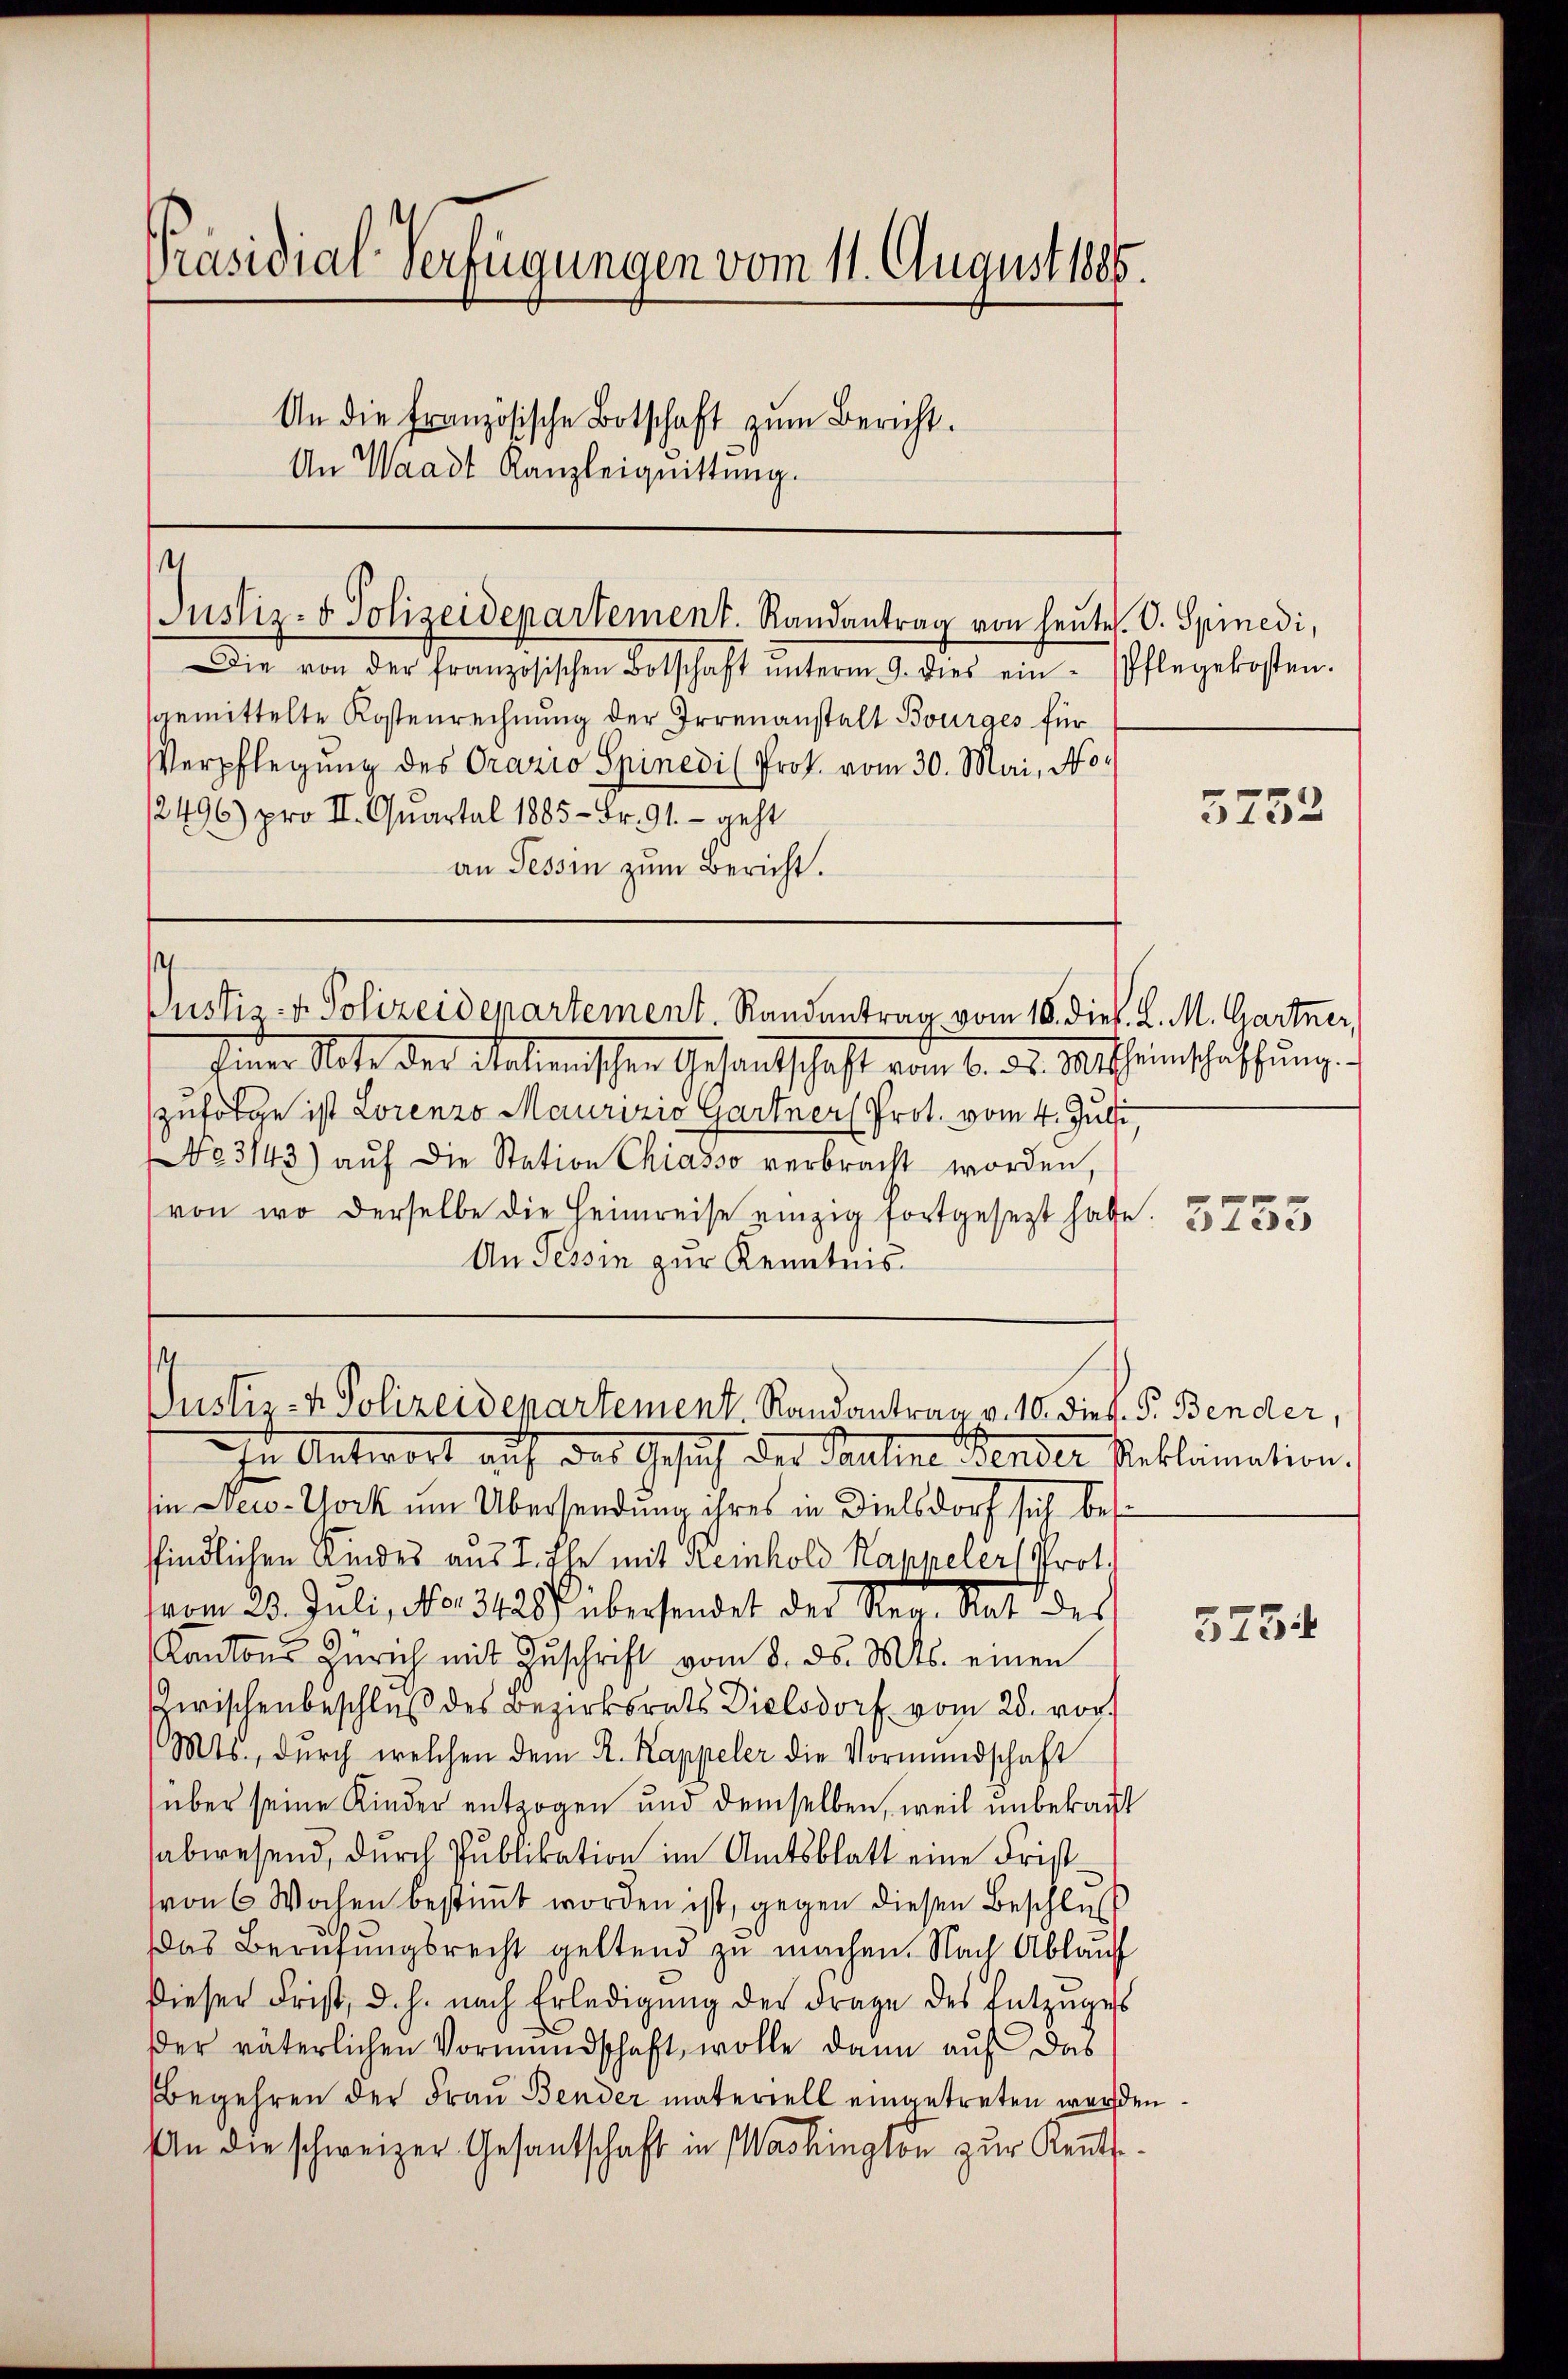
Präsidial-Verfügungen vom 11. August 1885.
An die Französische Botschaft zŭm Bericht.
An Waadt Kanzleiquittung.

4
Justiz- & Polizeidepartement. Randantrag von heŭtes. O. Spinedi,

Die von der französischen Botschaft ŭnterm 9. dies ein Pflegekosten.
gemittelte Kostenrechnung der Irrenanstalt Bourges für
Verpflegung des Orazio Spinedi (Prok. vom 30. Mai, No.
/2496) pro II. Quartal 1885 - Fr. 91. - geht
an Tessin zum Bericht.

s
Justiz- & Polizeidepartement. Randantrag vom 16. Dieb. L. M. Gartner,

¬
Justiz- & Polizeidepartement, Randantrag v. 10. Dies. P. Bender,

Einer Rate der Antonischen Gesandtschaft vom 6. ds. Meinschaffung
zufolge ist Lorenzo Maurizio Gartner Prot. vom 4. Julii.
No 3143) aŭf die Station Chiasso verbracht worden,
von wo derselbe die Heimreise einzig fortgesezt habe
An Tessin zur Kenntnis

In Antwort auf das Gesuch der Pauline Tender Publimation,
sin New-York um Übersendung ihres in Dielsdorf sich betr
findlichen Kindes aus I. Ihr mit Reinhold Kappeler, Prot.
(vom 23. Juli, No. 3128) übersendet des Neu- Rat der
Kantons Zürich mit Zuschrift vom 8. ds. Mts. einen
Zwischenbeschlŭβ des Bezirksrats Dielsdorf vom 28. vor.
(Mts., dŭrch welchen dem R. Kappeler die Vormundschaft
über seine Kinder entzogen und demselben, weil unbekant
sabwesend, durch Publikation im Amtsblatt eine Fristvon 6 Wochen bestimmt worden ist, gegen diesen Beschluß
Das Berufungsrecht geltend zu machen. Nach Ablauf
Dieser Frist, d. h. nach Erledigung der Frage des Entzuges
der väterlichen Vormundschaft, wolle dann auf das
Begehren der Frau Bender materiell eingetreten werden.
An die schweizer Gesandschaft in Washington zur Rent¬

5752

5755

575